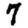
Digit: 7